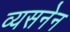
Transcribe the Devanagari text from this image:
व्यसनेन